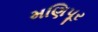
મણિપૂર